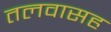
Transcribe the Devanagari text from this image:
तलवासह